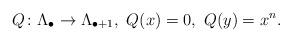
LaTeX: \begin{align*}Q \colon \Lambda_{\bullet} \to \Lambda_{\bullet+1}, \ Q(x)=0, \ Q(y)=x^n. \end{align*}